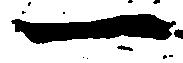
一